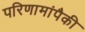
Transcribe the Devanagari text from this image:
परिणामांपैकी